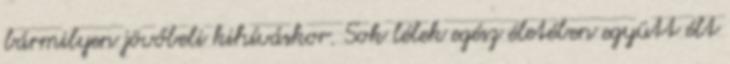
bármilyen jövőbeli kihíváskor. Sok lélek egész életében együtt élt